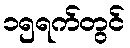
၁၅ရက်တွင်